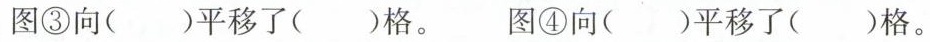
图③向()平移了()格。图④向()平移了()格。